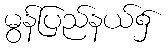
မွန်ပြည်နယ်၌